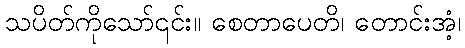
သပိတ်ကိုသော်၎င်း။ စေတာပေတိ၊ တောင်းအံ့၊